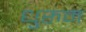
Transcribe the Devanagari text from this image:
धुरुम